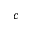
c